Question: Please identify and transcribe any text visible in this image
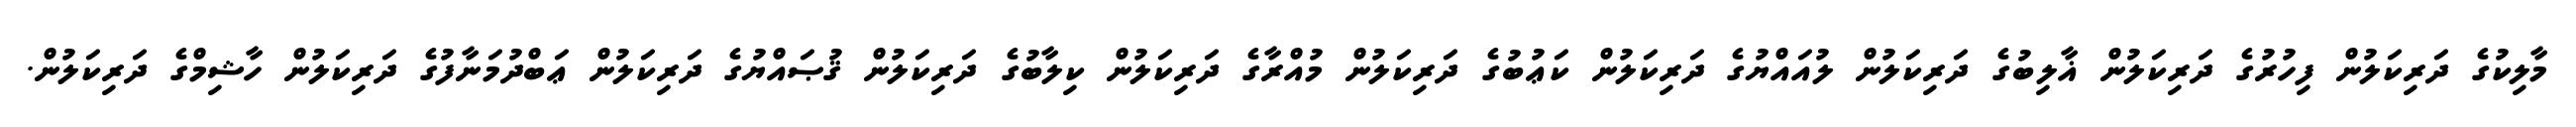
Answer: މާލިކުގެ ދަރިކަލުން ފިހުރުގެ ދަރިކަލުން ޣާލިބުގެ ދަރިކަލުން ލުއައްޔުގެ ދަރިކަލުން ކަޢުބުގެ ދަރިކަލުން މުއްރާގެ ދަރިކަލުން ކިލާބުގެ ދަރިކަލުން ޤުޞައްޔުގެ ދަރިކަލުން ޢަބްދުމަނާފުގެ ދަރިކަލުން ހާޝިމްގެ ދަރިކަލުން.